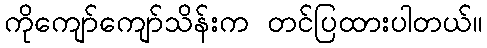
ကိုကျော်ကျော်သိန်းက တင်ပြထားပါတယ်။